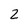
Character: 2